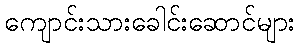
ကျောင်းသားခေါင်းဆောင်များ